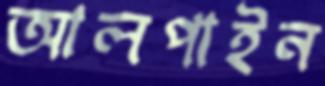
আলপাইন